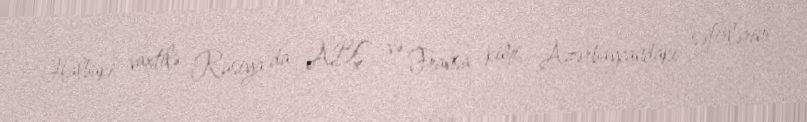
Halbuki, vaxtilə Rusiya da ABŞ və Fransa kimi, Azərbaycandakı səfirlərini